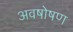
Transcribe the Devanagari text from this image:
अवषोषण